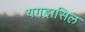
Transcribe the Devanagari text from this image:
यगड्रासिल